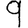
Digit: 9